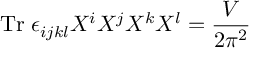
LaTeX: \mathrm { T r } \; \epsilon _ { i j k l } X ^ { i } X ^ { j } X ^ { k } X ^ { l } = \frac { V } { 2 \pi ^ { 2 } }